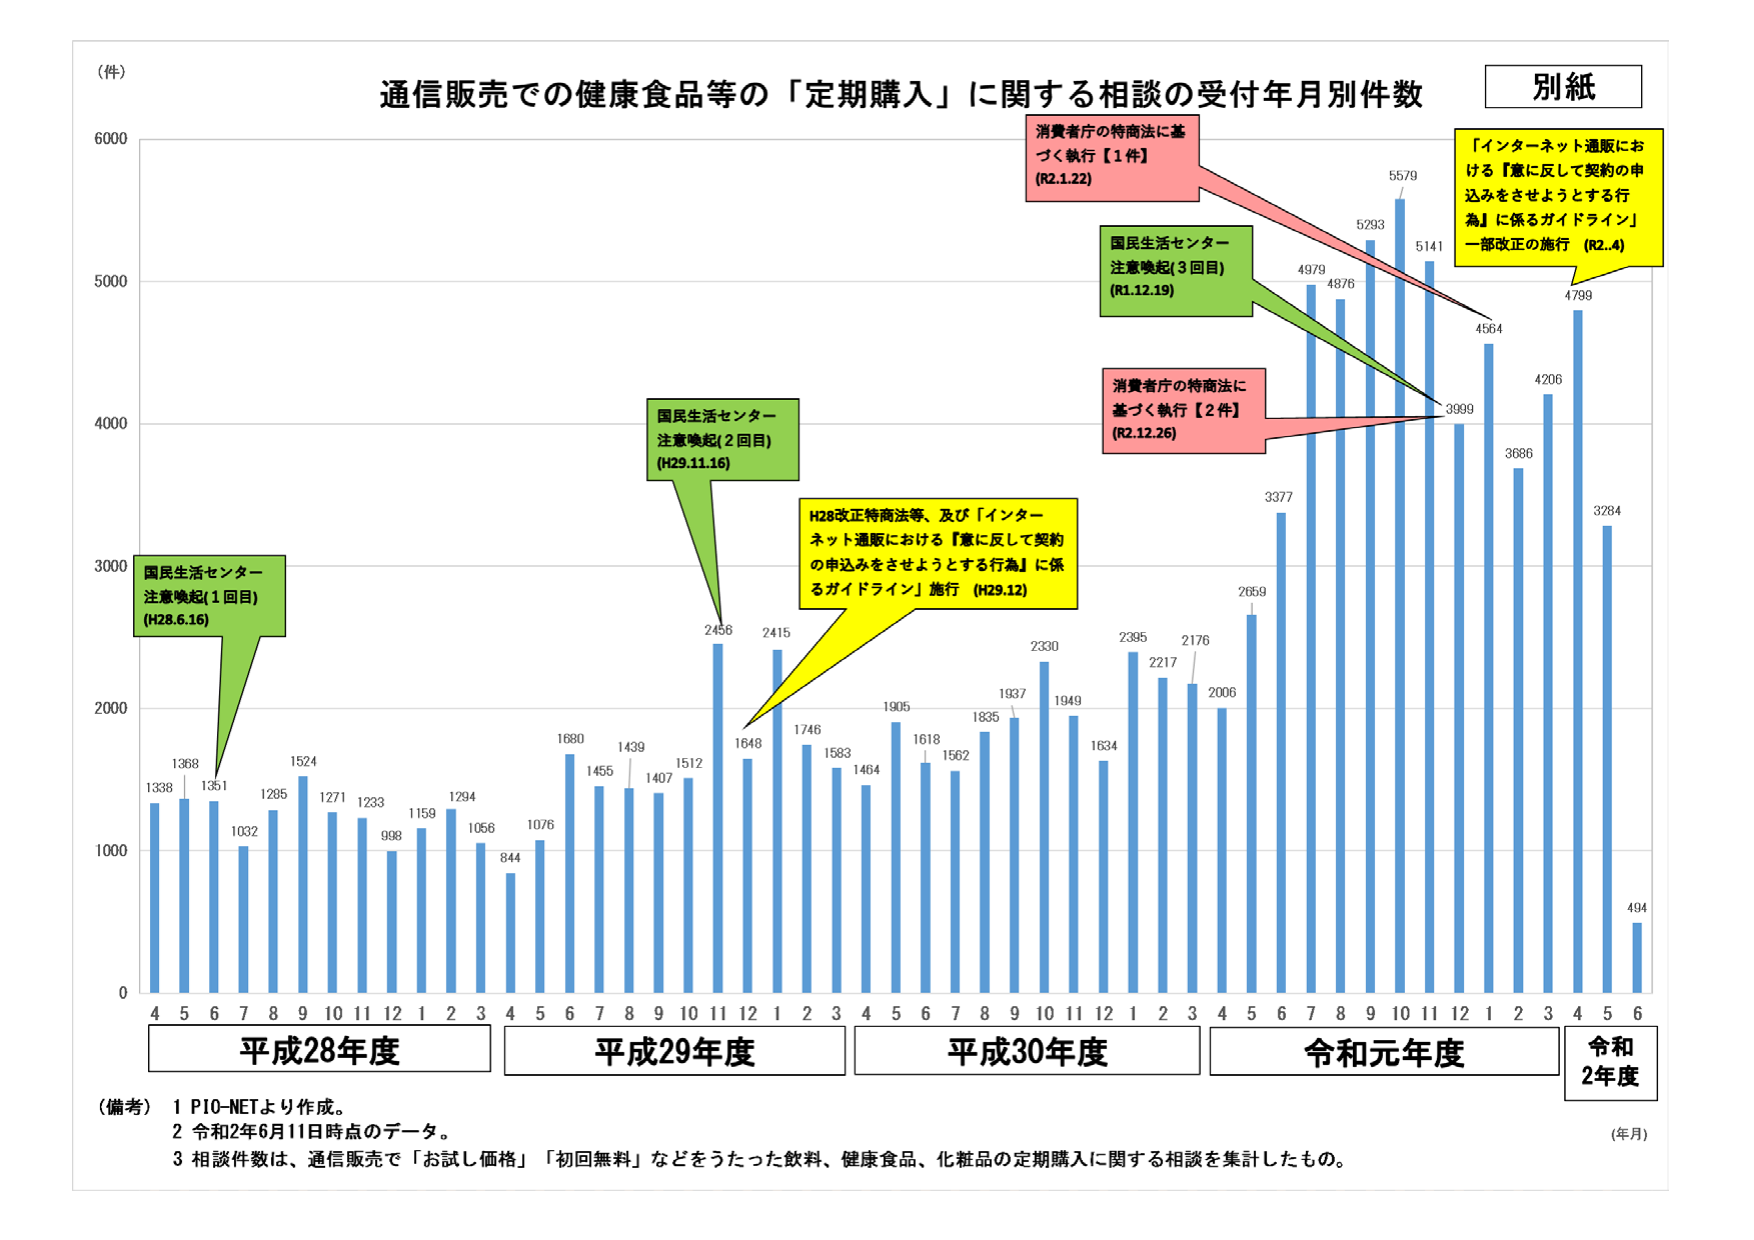
(件)
通信販売での健康食品等の「定期購入」に関する相談の受付年月別件数
別紙

消費者庁の特商法に基づく執行【1件】
(R2.1.22)

国民生活センター
注意喚起(3回目)
(R1.12.19)

「インターネット通販における『意に反して契約の申込みをさせようとする行為』に係るガイドライン」
一部改正の施行 (R2.4)

国民生活センター
注意喚起(2回目)
(H29.11.16)

消費者庁の特商法に基づく執行【2件】
(R2.12.26)

H28改正特商法等、及び「インターネット通販における『意に反して契約の申込みをさせようとする行為』に係るガイドライン」施行 (H29.12)

国民生活センター
注意喚起(1回目)
(H28.6.16)

1338 1368 1351 1032 1295 1524 1271 1233 998 1159 1294 1066 844 1076 1680 1455 1439 1407 1512 2456 2415 1648 1746 1583 1464 1905 1618 1562 1835 1937 2330 1949 1634 2395 2217 2176 2006 2659 3377 4979 4876 5293 5579 5141 3999 4564 3686 4206 4799 3284 494

4 5 6 7 8 9 10 11 12 1 2 3 4 5 6 7 8 9 10 11 12 1 2 3 4 5 6 7 8 9 10 11 12 1 2 3 4 5 6 7 8 9 10 11 12 1 2 3 4 5 6

平成28年度
平成29年度
平成30年度
令和元年度
令和2年度

(備考)
1 PIO-NETより作成。
2 令和2年6月11日時点のデータ。
3 相談件数は、通信販売で「お試し価格」「初回無料」などをうたった飲料、健康食品、化粧品の定期購入に関する相談を集計したもの。
(年月)